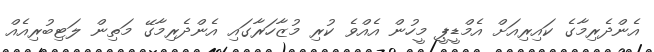
އެންދެރިމާގެ ކައިރިއަށް އެމްޑީޕީ މީހުން އެއްވެ ކުރި މުޒާހަރާގައި އެންދެރިމާގޭ މަތިން ލަޓިބުރިއެއް